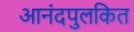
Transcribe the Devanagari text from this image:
आनंदपुलकित